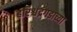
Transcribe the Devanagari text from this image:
हरिश्चंद्रगडाच्या